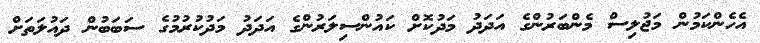
އެހެންކަމުން މަޖުލިސް މެންބަރުންގެ އަދަދު މަދުކޮށް ކައުންސިލަރުންގެ އަދަދު މަދުކުރުމުގެ ސަބަބުން ދައުލަތަށް